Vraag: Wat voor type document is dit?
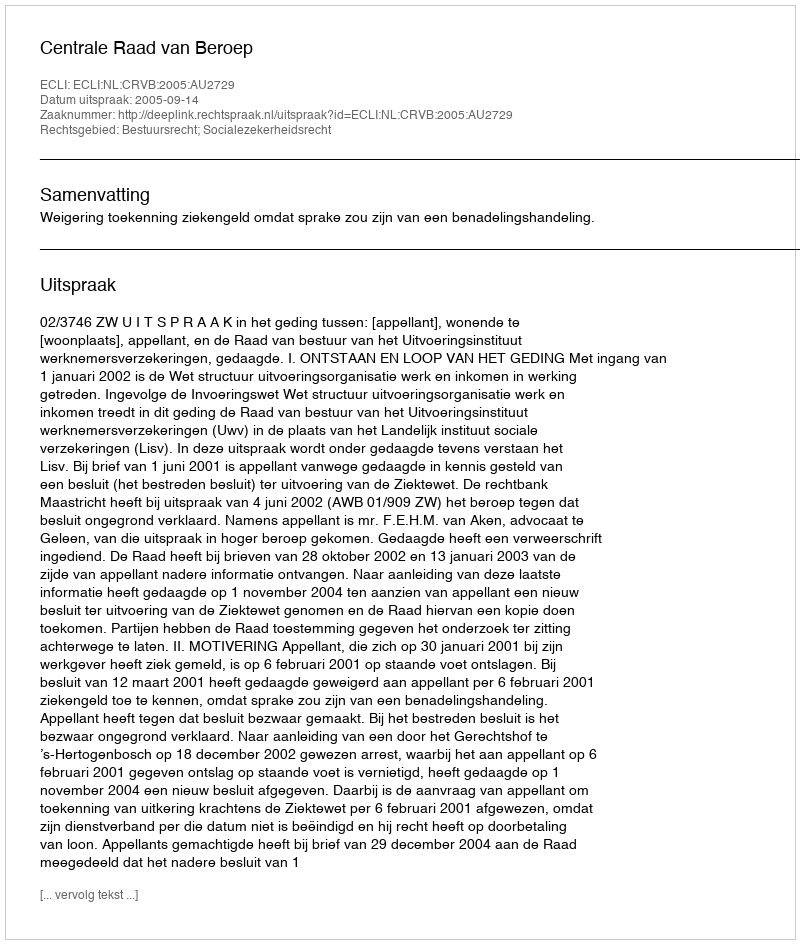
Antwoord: Uitspraak